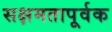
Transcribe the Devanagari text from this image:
सक्षमतापूर्वक